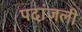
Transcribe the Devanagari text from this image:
पदांजली